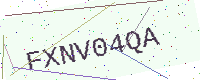
Text: FXNV04QA